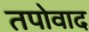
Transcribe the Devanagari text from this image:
तपोवाद